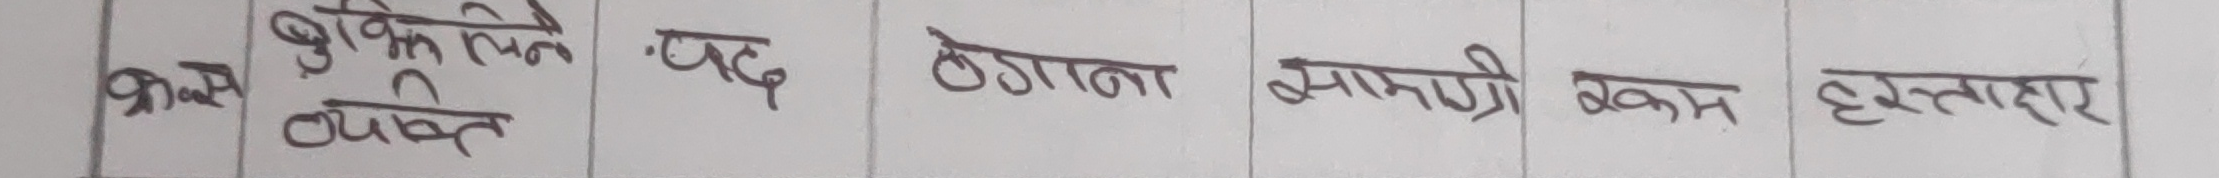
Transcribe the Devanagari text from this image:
क्रम बुझे लिने व्यक्ती
पद ठेगाना सामग्री रकम हस्ताक्षर